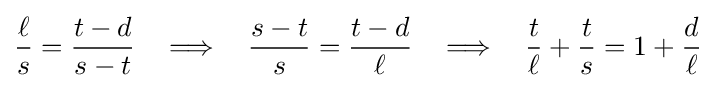
{\frac {\ell }{s}}={\frac {t-d}{s-t}}\ \ \implies \ \ {\frac {s-t}{s}}={\frac {t-d}{\ell }}\ \ \implies \ \ {\frac {t}{\ell }}+{\frac {t}{s}}=1+{\frac {d}{\ell }}